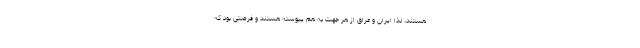
هستند، لذا ایران و عراق از هر جهت به هم پیوسته هستند و فرصتی بود که